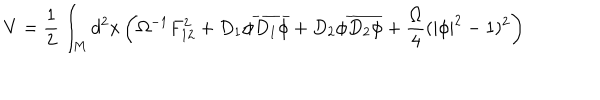
LaTeX: V = \frac { 1 } { 2 } \int _ { M } d ^ { 2 } x \left( \Omega ^ { - 1 } F _ { 1 2 } ^ { 2 } + D _ { 1 } \phi \overline { { { D _ { 1 } \phi } } } + D _ { 2 } \phi \overline { { { D _ { 2 } \phi } } } + \frac { \Omega } { 4 } ( | \phi | ^ { 2 } - 1 ) ^ { 2 } \right)